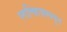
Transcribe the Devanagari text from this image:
लात्व्हियामधून